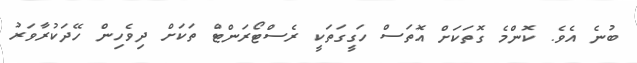
ބުނެ އެވެ. ކޮންމެ ގޮތަކަށް އޮތަސް ހަގީގަތަކީ ރެސްޓޯރަންޓް ތަކަށް ދިވެހިން ހޭދަކުރާވަރު